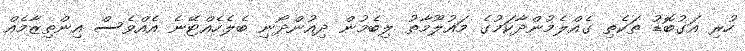
ހުރި އަގުބޮޑު ތަކެތި ގެއްލެމުންދާކަމުގެ މައުލޫމާތު ލިބެމުން ދިއުންދޯނި ބެލެހެއްޓޭނެ އެއްވެސް އިންތިޒާމެއް